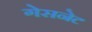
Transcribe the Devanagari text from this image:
गेसनेट